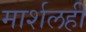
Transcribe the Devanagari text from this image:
मार्शलही